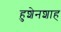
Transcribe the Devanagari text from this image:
हुशेनशाह